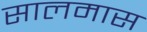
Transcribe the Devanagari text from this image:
सालमास